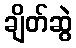
ချိတ်ဆွဲ